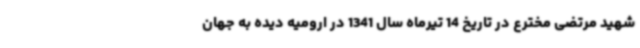
شهید مرتضی مخترع در تاریخ 14 تیرماه سال 1341 در ارومیه دیده به جهان